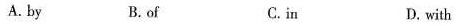
A. by B.of C.in D. with